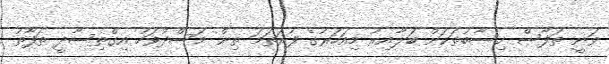
ވަނީ ތަފާސް ހިސާބުތަކަށް ބަލާއިރު މިއަހަރުގެ ފުރަތަމަ ތިން މަސްދުވަހު އިގްތިސާދީ ތަފާތު